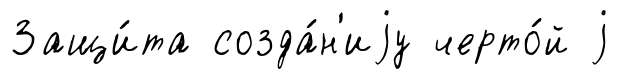
Защи́та созда́н'иjу черто́й j